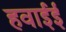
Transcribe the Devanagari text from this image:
हवाईई